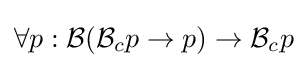
\forall p:{\mathcal {B}}({\mathcal {B}}_{c}p\to p)\to {\mathcal {B}}_{c}p